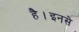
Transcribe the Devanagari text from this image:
है।इनसे